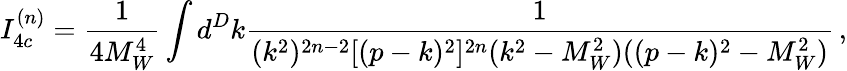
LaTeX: I_{4c}^{(n)}=\frac{1}{4M_{W}^{4}}\int d^{D}k\frac{1}{(k^{2})^{2n-2}[(p-k)^{2}]^{2n}(k^{2}-M_{W}^{2})((p-k)^{2}-M_{W}^{2})}\, ,